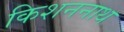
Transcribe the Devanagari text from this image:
किशननाथ